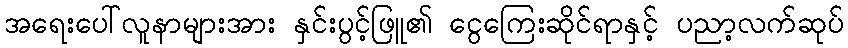
အရေးပေါ်လူနာများအား နှင်းပွင့်ဖြူ၏ ငွေကြေးဆိုင်ရာနှင့် ပညာ့လက်ဆုပ်